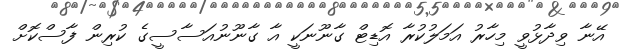
އޭނާ ވިދާޅުވީ މިހާރު އަމަލުކުރާ އޮޑިޓް ގާނޫނަކީ އާ ގާނޫނުއަސާސީގެ ކުރިން ފާސްކޮށް